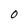
Character: 0